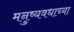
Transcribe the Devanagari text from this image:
मनुष्यवधाच्या